Report on lock hospitals in British Burma
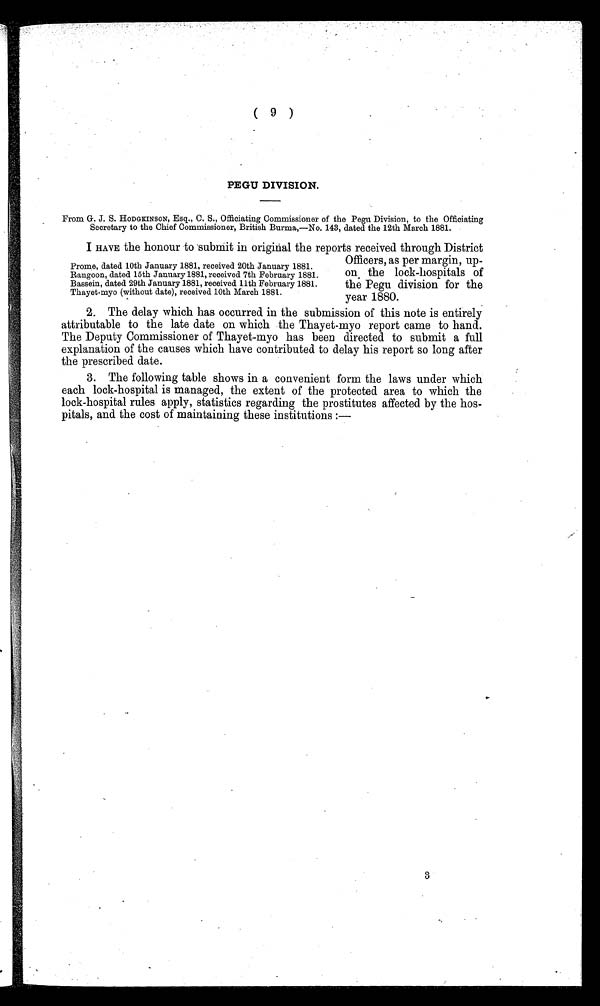
( 9 )
PEGU DIVISION.
From G. J. S. HODGKINSON, Esq., C. S., Officiating Commissioner of the Pegu Division, to the Officiating
Secretary to the Chief Commissioner, British Burma,—No. 143, dated the 12th March 1881.
I HAVE the honour to submit in original the reports received through District
Officers, as per margin, up-
on. the lock-hospitals of
the Pegu division for the
year
1880.
2. The delay which has occurred in the submission of this note is entirely
attributable to the late date on which the Thayet-myo report came to hand.
The Deputy Commissioner of Thayet-myo has been directed to submit a full
explanation of the causes which have contributed to delay his report so long after
the prescribed date.
3. The following table shows in a convenient form the laws under which
each lock-hospital is managed, the extent of the protected area to which the
lock-hospital rules apply, statistics regarding the prostitutes affected by the hos-
pitals, and the cost of maintaining these institutions :—
Prome, dated 10th January 1881, received 20th January 1881.
Rangoon, dated 15th January 1881, received 7th February 1881.
Bassein, dated 29th January 1881, received 11th February 1881.
Thayet-myo (without date), received 10th March 1881.